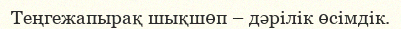
Теңгежапырақ шықшөп – дәрілік өсімдік.